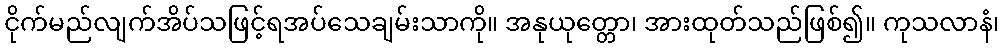
ငိုက်မည်လျက်အိပ်သဖြင့်ရအပ်သေချမ်းသာကို။ အနုယုတ္တော၊ အားထုတ်သည်ဖြစ်၍။ ကုသလာနံ၊